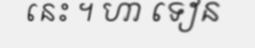
នេះ ។ ហា ទៀន